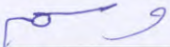
وسم